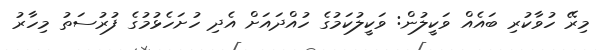
މިރޭ ހުވާކުރި ބައެއް ވަކީލުން: ވަކީލުކަމުގެ ހުއްދައަށް އެދި ހުށަހެޅުމުގެ ފުރުސަތު މިހާރު